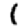
Digit: 1